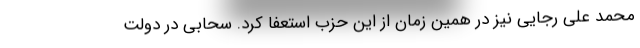
محمد علی رجایی نیز در همین زمان از این حزب استعفا کرد. سحابی در دولت